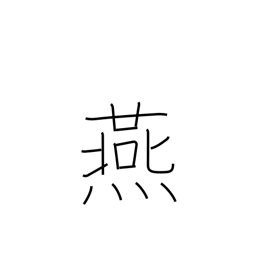
Meaning: swallow (bird)